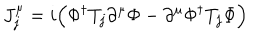
LaTeX: J _ { j } ^ { \mu } = i \Big ( \Phi ^ { \dagger } T _ { j } \partial ^ { \mu } \Phi - \partial ^ { \mu } \Phi ^ { \dagger } T _ { j } \Phi \Big )